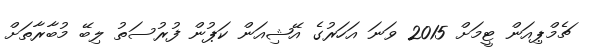
ޗެމްޕިއަން ޓީމަށް 2015 ވަނަ އަހަރުގެ އޭޝިއަން ކަޕުން ފުރުސަތު ލިބޭ މުބާރާތަށް